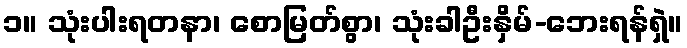
၁။ သုံးပါးရတနာ၊ စောမြတ်စွာ၊ သုံးခါဦးနှိမ်-ဘေးရန်ရှဲ။